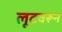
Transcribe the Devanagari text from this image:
लूटवरून